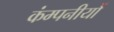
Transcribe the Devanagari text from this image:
कंम्पनीयों